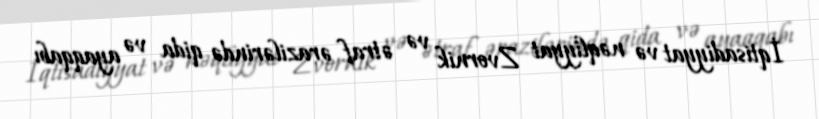
İqtisadiyyat və nəqliyyat Zvornik və ətraf ərazilərində qida və ayaqqabı